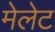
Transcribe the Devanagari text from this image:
मेलेट